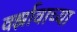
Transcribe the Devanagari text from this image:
वर्झावाच्या